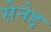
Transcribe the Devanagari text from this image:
सेनेद्द